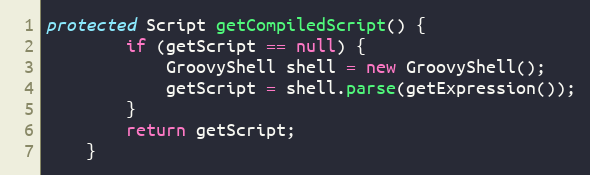
Language: Java
protected Script getCompiledScript() {
        if (getScript == null) {
            GroovyShell shell = new GroovyShell();
            getScript = shell.parse(getExpression());
        }
        return getScript;
    }